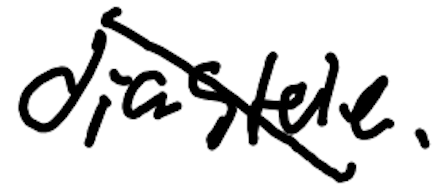
Text: diastole.
Cross-out: diagonal
Writing tool: digital_black